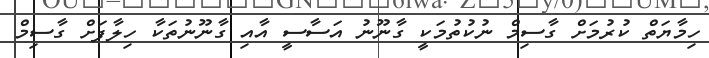
ހިމާޔަތް ކުރުމަށް ގާސިމް ނުކުތުމަކީ ގާނޫނު އަސާސީ އާއި ގާނޫނުތަކާ ހިލާފަށް ގާސިމް